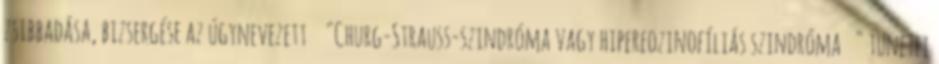
zsibbadása, bizsergése az úgynevezett "Churg-Strauss-szindróma vagy hipereozinofíliás szindróma " tünetei